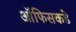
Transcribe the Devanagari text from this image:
ऑफिसकडे